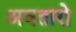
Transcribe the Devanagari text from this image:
अवतारो